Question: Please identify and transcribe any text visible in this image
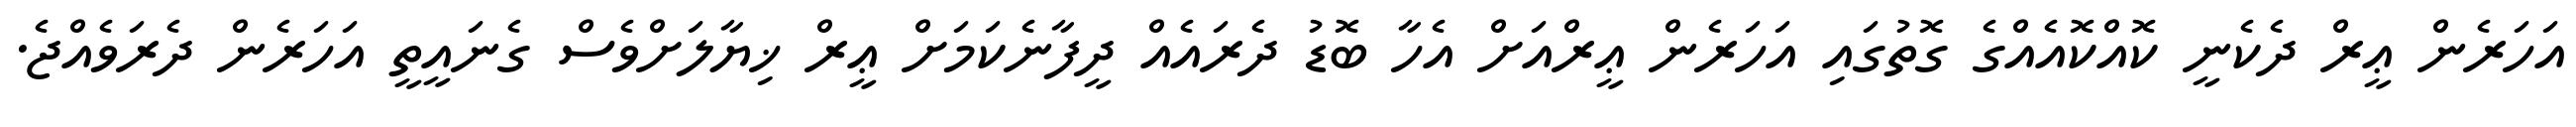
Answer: އަހަރެން ޢީރް ދެކެނީ ކޮއްކޮއެއްގެ ގޮތުގައި އަހަރެން ޢީރްއަށް އެހާ ބޮޑު ދެރައެއް ދީފާނެކަމަށް ޢީރް ޚިޔާލަށްވެސް ގެނައީތީ އަހަރެން ދެރަވެއްޖެ.